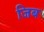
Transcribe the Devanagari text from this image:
जिब